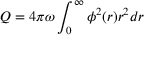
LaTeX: Q = 4 \pi \omega \int _ { 0 } ^ { \infty } \phi ^ { 2 } ( r ) r ^ { 2 } d r